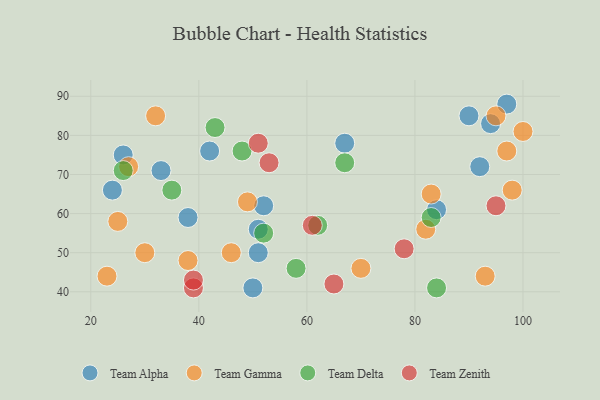
{"axis": {"x": "GDP", "y": "Life Expectancy"}, "legend": ["Team Alpha", "Team Delta", "Team Gamma", "Team Zenith"], "data": [{"x": "24", "y": 66, "type": "Team Alpha"}, {"x": "90", "y": 85, "type": "Team Alpha"}, {"x": "42", "y": 76, "type": "Team Alpha"}, {"x": "50", "y": 41, "type": "Team Alpha"}, {"x": "33", "y": 71, "type": "Team Alpha"}, {"x": "51", "y": 56, "type": "Team Alpha"}, {"x": "38", "y": 59, "type": "Team Alpha"}, {"x": "67", "y": 78, "type": "Team Alpha"}, {"x": "94", "y": 83, "type": "Team Alpha"}, {"x": "52", "y": 62, "type": "Team Alpha"}, {"x": "51", "y": 50, "type": "Team Alpha"}, {"x": "97", "y": 88, "type": "Team Alpha"}, {"x": "26", "y": 75, "type": "Team Alpha"}, {"x": "84", "y": 61, "type": "Team Alpha"}, {"x": "92", "y": 72, "type": "Team Alpha"}, {"x": "46", "y": 50, "type": "Team Gamma"}, {"x": "27", "y": 72, "type": "Team Gamma"}, {"x": "97", "y": 76, "type": "Team Gamma"}, {"x": "23", "y": 44, "type": "Team Gamma"}, {"x": "95", "y": 85, "type": "Team Gamma"}, {"x": "83", "y": 65, "type": "Team Gamma"}, {"x": "38", "y": 48, "type": "Team Gamma"}, {"x": "100", "y": 81, "type": "Team Gamma"}, {"x": "70", "y": 46, "type": "Team Gamma"}, {"x": "49", "y": 63, "type": "Team Gamma"}, {"x": "82", "y": 56, "type": "Team Gamma"}, {"x": "93", "y": 44, "type": "Team Gamma"}, {"x": "25", "y": 58, "type": "Team Gamma"}, {"x": "32", "y": 85, "type": "Team Gamma"}, {"x": "30", "y": 50, "type": "Team Gamma"}, {"x": "98", "y": 66, "type": "Team Gamma"}, {"x": "62", "y": 57, "type": "Team Delta"}, {"x": "43", "y": 82, "type": "Team Delta"}, {"x": "58", "y": 46, "type": "Team Delta"}, {"x": "67", "y": 73, "type": "Team Delta"}, {"x": "48", "y": 76, "type": "Team Delta"}, {"x": "35", "y": 66, "type": "Team Delta"}, {"x": "83", "y": 59, "type": "Team Delta"}, {"x": "52", "y": 55, "type": "Team Delta"}, {"x": "84", "y": 41, "type": "Team Delta"}, {"x": "26", "y": 71, "type": "Team Delta"}, {"x": "53", "y": 73, "type": "Team Zenith"}, {"x": "39", "y": 41, "type": "Team Zenith"}, {"x": "39", "y": 43, "type": "Team Zenith"}, {"x": "78", "y": 51, "type": "Team Zenith"}, {"x": "65", "y": 42, "type": "Team Zenith"}, {"x": "51", "y": 78, "type": "Team Zenith"}, {"x": "95", "y": 62, "type": "Team Zenith"}, {"x": "61", "y": 57, "type": "Team Zenith"}]}